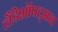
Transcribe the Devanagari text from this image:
लैंडेशॉपट्मन